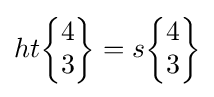
ht{\begin{Bmatrix}4\\3\end{Bmatrix}}=s{\begin{Bmatrix}4\\3\end{Bmatrix}}